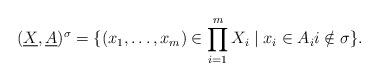
LaTeX: \begin{align*}(\underline{X},\underline{A})^{\sigma}=\{(x_1,\ldots,x_m)\in\prod^m_{i=1}X_i\mid x_i\in A_ii\notin\sigma\}.\end{align*}